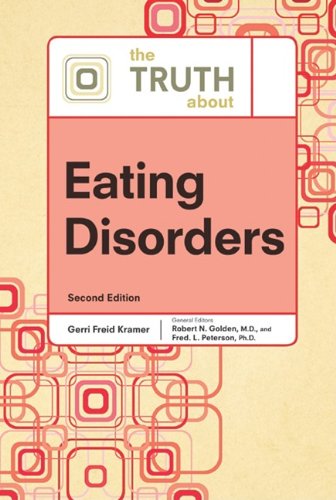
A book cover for The Truth About Eating Disorders; Gerri Freid Kramer; Teen & Young Adult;